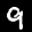
Label: 9